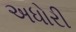
અધોરી